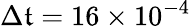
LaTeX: \Delta\mathfrak{t}=16\times10^{-4}